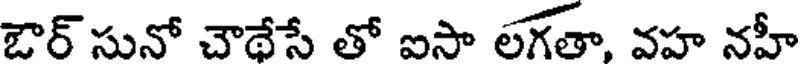
జార్ సునో చౌథేసే తో ఐసా లగతా, వహ నహీ